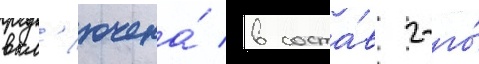
вкл'ючена́ в соста́в 2-го́